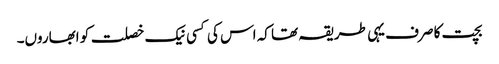
بچت کا صرف یہی طریقہ تھا کہ اس کی کسی نیک خصلت کو ابھاروں۔